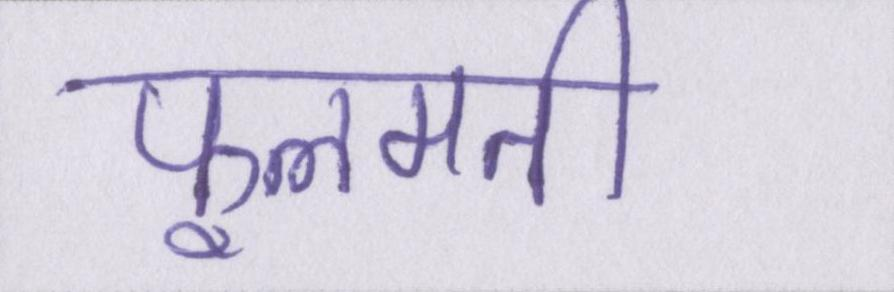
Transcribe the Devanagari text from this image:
फूलमती